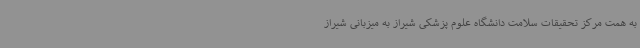
به همت مرکز تحقیقات سلامت دانشگاه علوم پزشکی شیراز به میزبانی شیراز